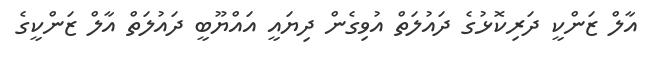
އާލް ޒަންކީ ދަރިކޮޅުގެ ދައުލަތް އުވިގެން ދިޔައީ އައްޔޫބީ ދައުލަތް އާލް ޒަންކީގެ